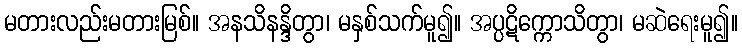
မတားလည်းမတားမြစ်။ အနသိနန္ဒိတွာ၊ မနှစ်သက်မူ၍။ အပ္ပဋိက္ကောသိတွာ၊ မဆဲရေးမူ၍။